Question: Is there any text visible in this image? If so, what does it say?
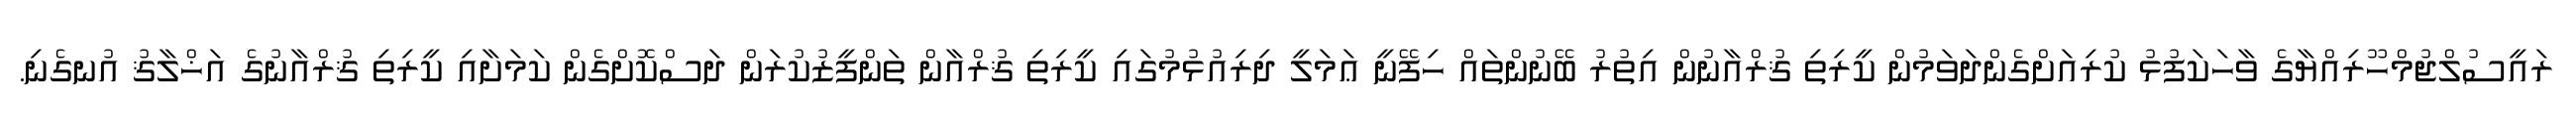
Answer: ރައީސުލްޖުމްހޫރިއްޔާގެ ވާހަކަފުޅު ކުރިއަށްގެންދަވަމުން ކީރިތި ޤުރްއާނުން އިތުރު ބޭނުންތައް ހިފޭނީ ޢަމަލީ ދިރިއުޅުމުގައި ކީރިތި ޤުރްއާން ތަންފީޒުކުރަން ދަސްކޮށްގެން ކަމަށާއި ކީރިތި ޤުރްއާނުގެ އަޚްލާޤު އުނގެނި.